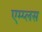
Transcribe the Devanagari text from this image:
एम्प्लस